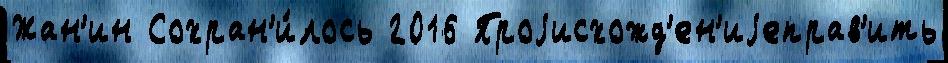
Жан'ин Сохран'и́лось 2016 Проjисхожд'ен'иjеправ'ить